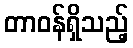
တာဝန်ရှိသည့်